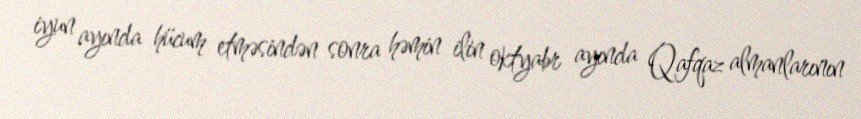
iyun ayında hücum etməsindən sonra həmin ilin oktyabr ayında Qafqaz almanlarının